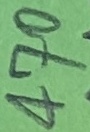
Text: 470